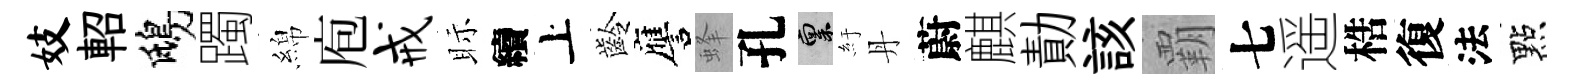
妓軺鴟躅綿庖戒眎續上齡譍蜂孔禀紆丹蔚麒勣該覇七遥梏復法點